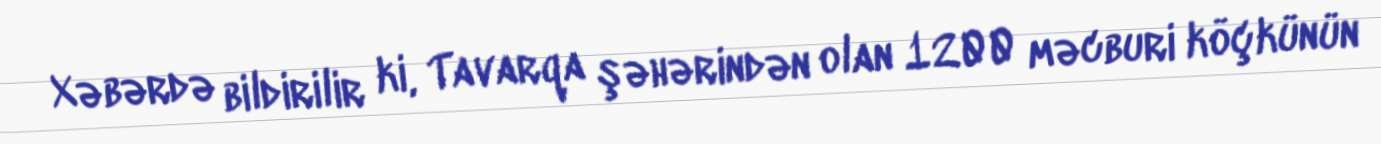
Xəbərdə bildirilir ki, Tavarqa şəhərindən olan 1200 məcburi köçkünün